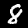
Digit: 8